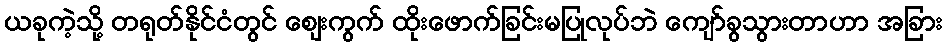
ယခုကဲ့သို့ တရုတ်နိုင်ငံတွင် ဈေးကွက် ထိုးဖောက်ခြင်းမပြုလုပ်ဘဲ ကျော်ခွသွားတာဟာ အခြား